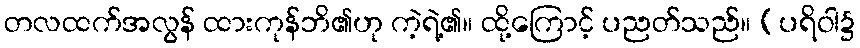
တလထက်အလွန် ထားကုန်ဘိ၏ဟု ကဲ့ရဲ့၏။ ထို့ကြောင့် ပညတ်သည်။ (ပရိဝါ၌